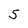
Character: 5